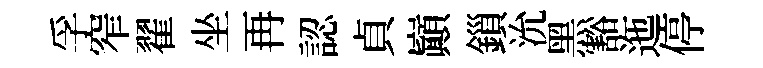
孚窄翟坐再認貞巔鎻沇黑豁迤停